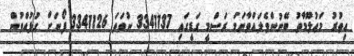
އިތުރު މަޢުލޫމާތު ބޭނުންވެލައްވާނަމަ ރަސްމީ ގަޑީގައި 3341137 ނުވަތަ 3341126 ފޯނަށް ގުޅުއްވުން